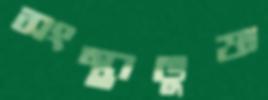
সংস্থাভুক্ত